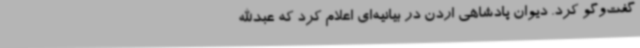
گفت‌وگو کرد. دیوان پادشاهی اردن در بیانیه‌ای اعلام کرد که عبدالله